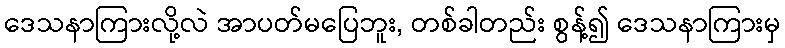
ဒေသနာကြားလို့လဲ အာပတ်မပြေဘူး, တစ်ခါတည်း စွန့်၍ ဒေသနာကြားမှ